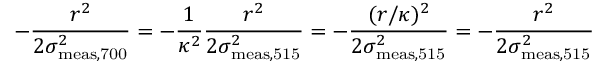
- \frac { r ^ { 2 } } { 2 \sigma _ { \mathrm { m e a s , 7 0 0 } } ^ { 2 } } = - \frac { 1 } { \kappa ^ { 2 } } \frac { r ^ { 2 } } { 2 \sigma _ { \mathrm { m e a s , 5 1 5 } } ^ { 2 } } = - \frac { ( r / \kappa ) ^ { 2 } } { 2 \sigma _ { \mathrm { m e a s , 5 1 5 } } ^ { 2 } } = - \frac { r ^ { 2 } } { 2 \sigma _ { \mathrm { m e a s , 5 1 5 } } ^ { 2 } }